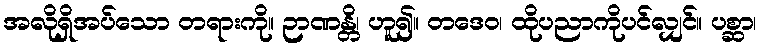
အလိုရှိအပ်သော တရားကို။ ဉာဏန္တိ၊ ဟူ၍။ တဒေဝ၊ ထိုပညာကိုပင်လျှင်။ ပစ္ဆာ၊